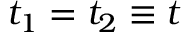
t _ { 1 } = t _ { 2 } \equiv t